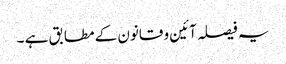
یہ فیصلہ آئین و قانون کے مطابق ہے ۔